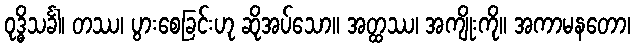
ဝုဒ္ဓိသင်္ခါ၊ တဿ၊ ပွားစေခြင်းဟု ဆိုအပ်သော။ အတ္ထဿ၊ အကျိုးကို။ အကာမနတော၊